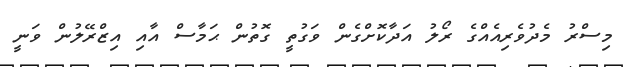
މިސްރު މެދުވެރިއެއްގެ ރޯލު އަދާކޮށްގެން ވަގުތީ ގޮތުން ޙަމާސް އާއި އިޒްރޭލުން ވަނީ